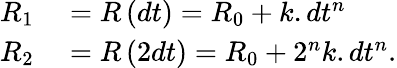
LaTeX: \begin{array}{r}{\begin{array}{rl}{R_{1}}&{{}=R\left(dt\right)=R_{0}+k.dt^{n}}\\ {R_{2}}&{{}=R\left(2dt\right)=R_{0}+2^{n}k.dt^{n}.}\end{array}}\end{array}